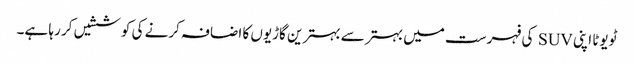
ٹویوٹا اپنی SUV کی فہرست میں بہتر سے بہترین گاڑیوں کا اضافہ کرنے کی کوششیں کر رہا ہے۔